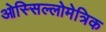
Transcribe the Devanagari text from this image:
ओस्सिल्लोमेत्रिक